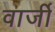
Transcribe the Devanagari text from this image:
वार्जी